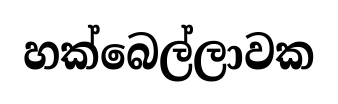
හක්බෙල්ලාවක